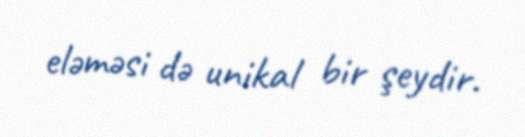
eləməsi də unikal bir şeydir.